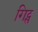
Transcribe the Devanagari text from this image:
गिट्स